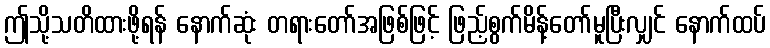
ဤသို့သတိထားဖို့ရန် နောက်ဆုံး တရားတော်အဖြစ်ဖြင့် ဖြည့်စွက်မိန့်တော်မူပြီးလျှင် နောက်ထပ်